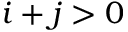
i + j > 0